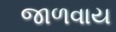
જાળવાય